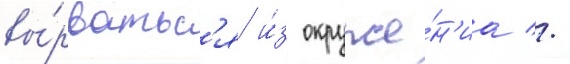
вы́рватьс'я и́з окруже́н'иа //